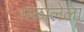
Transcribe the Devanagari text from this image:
पळालेला